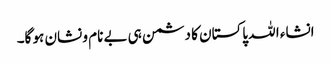
انشاء ا للہ پاکستان کا دشمن ہی بے نام و نشان ہو گا۔